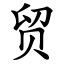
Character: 贸